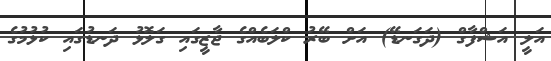
އަލީ އަޝްފާގް (ދަގަނޑޭ) އަށް ބޭރު ކްލަބެއްގެ ޖާޒީގައި ގަލޮޅު ދަނޑުގައި ކުޅުމުގެ